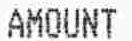
AMOUNT